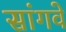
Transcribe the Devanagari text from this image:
सांगवे